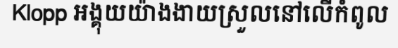
Klopp អង្គុយយ៉ាងងាយស្រួលនៅលើកំពូល